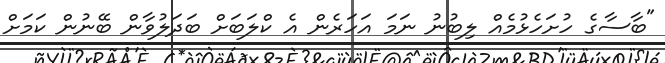
"ބާސާގެ ހުށަހެޅުމެއް ލިބުނު ނަމަ އަހަރެން އެ ކްލަބަށް ބަދަލުވާން ބޭނުން ކަމަށް